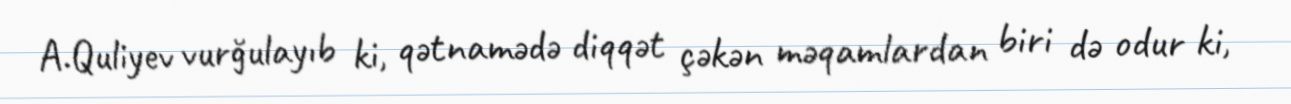
A.Quliyev vurğulayıb ki, qətnamədə diqqət çəkən məqamlardan biri də odur ki,